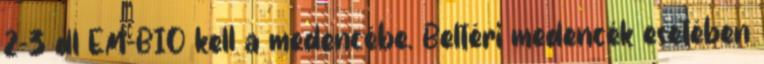
2-3 dl EM-BIO kell a medencébe. Beltéri medencék esetében